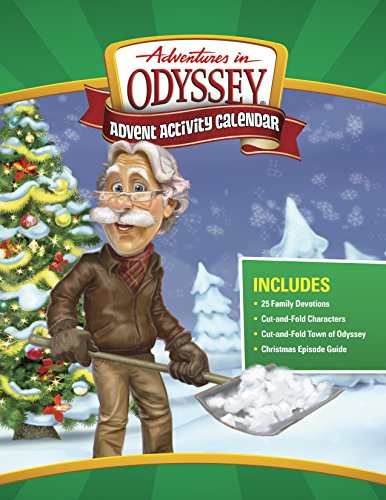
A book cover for Adventures in Odyssey Advent Activity Calendar: Countdown to Christmas; Focus on the Family; Calendars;